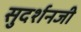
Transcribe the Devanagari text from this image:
सुदर्शनजी